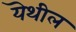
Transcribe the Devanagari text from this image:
यॆथील